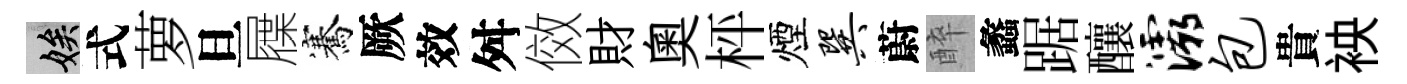
娭式萝旦屧騫厥效舛傚財奥枰煙巽蔚醉蠡踞釀灞包貴䘧